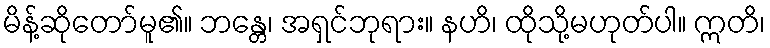
မိန့်ဆိုတော်မူ၏။ ဘန္တေ၊ အရှင်ဘုရား။ နဟိ၊ ထိုသို့မဟုတ်ပါ။ ဣတိ၊